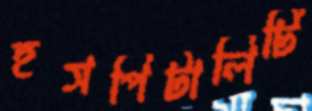
হসপিটালিটি